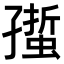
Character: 𧏄